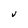
Character: V